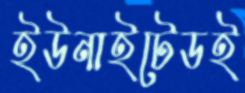
ইউনাইটেডই